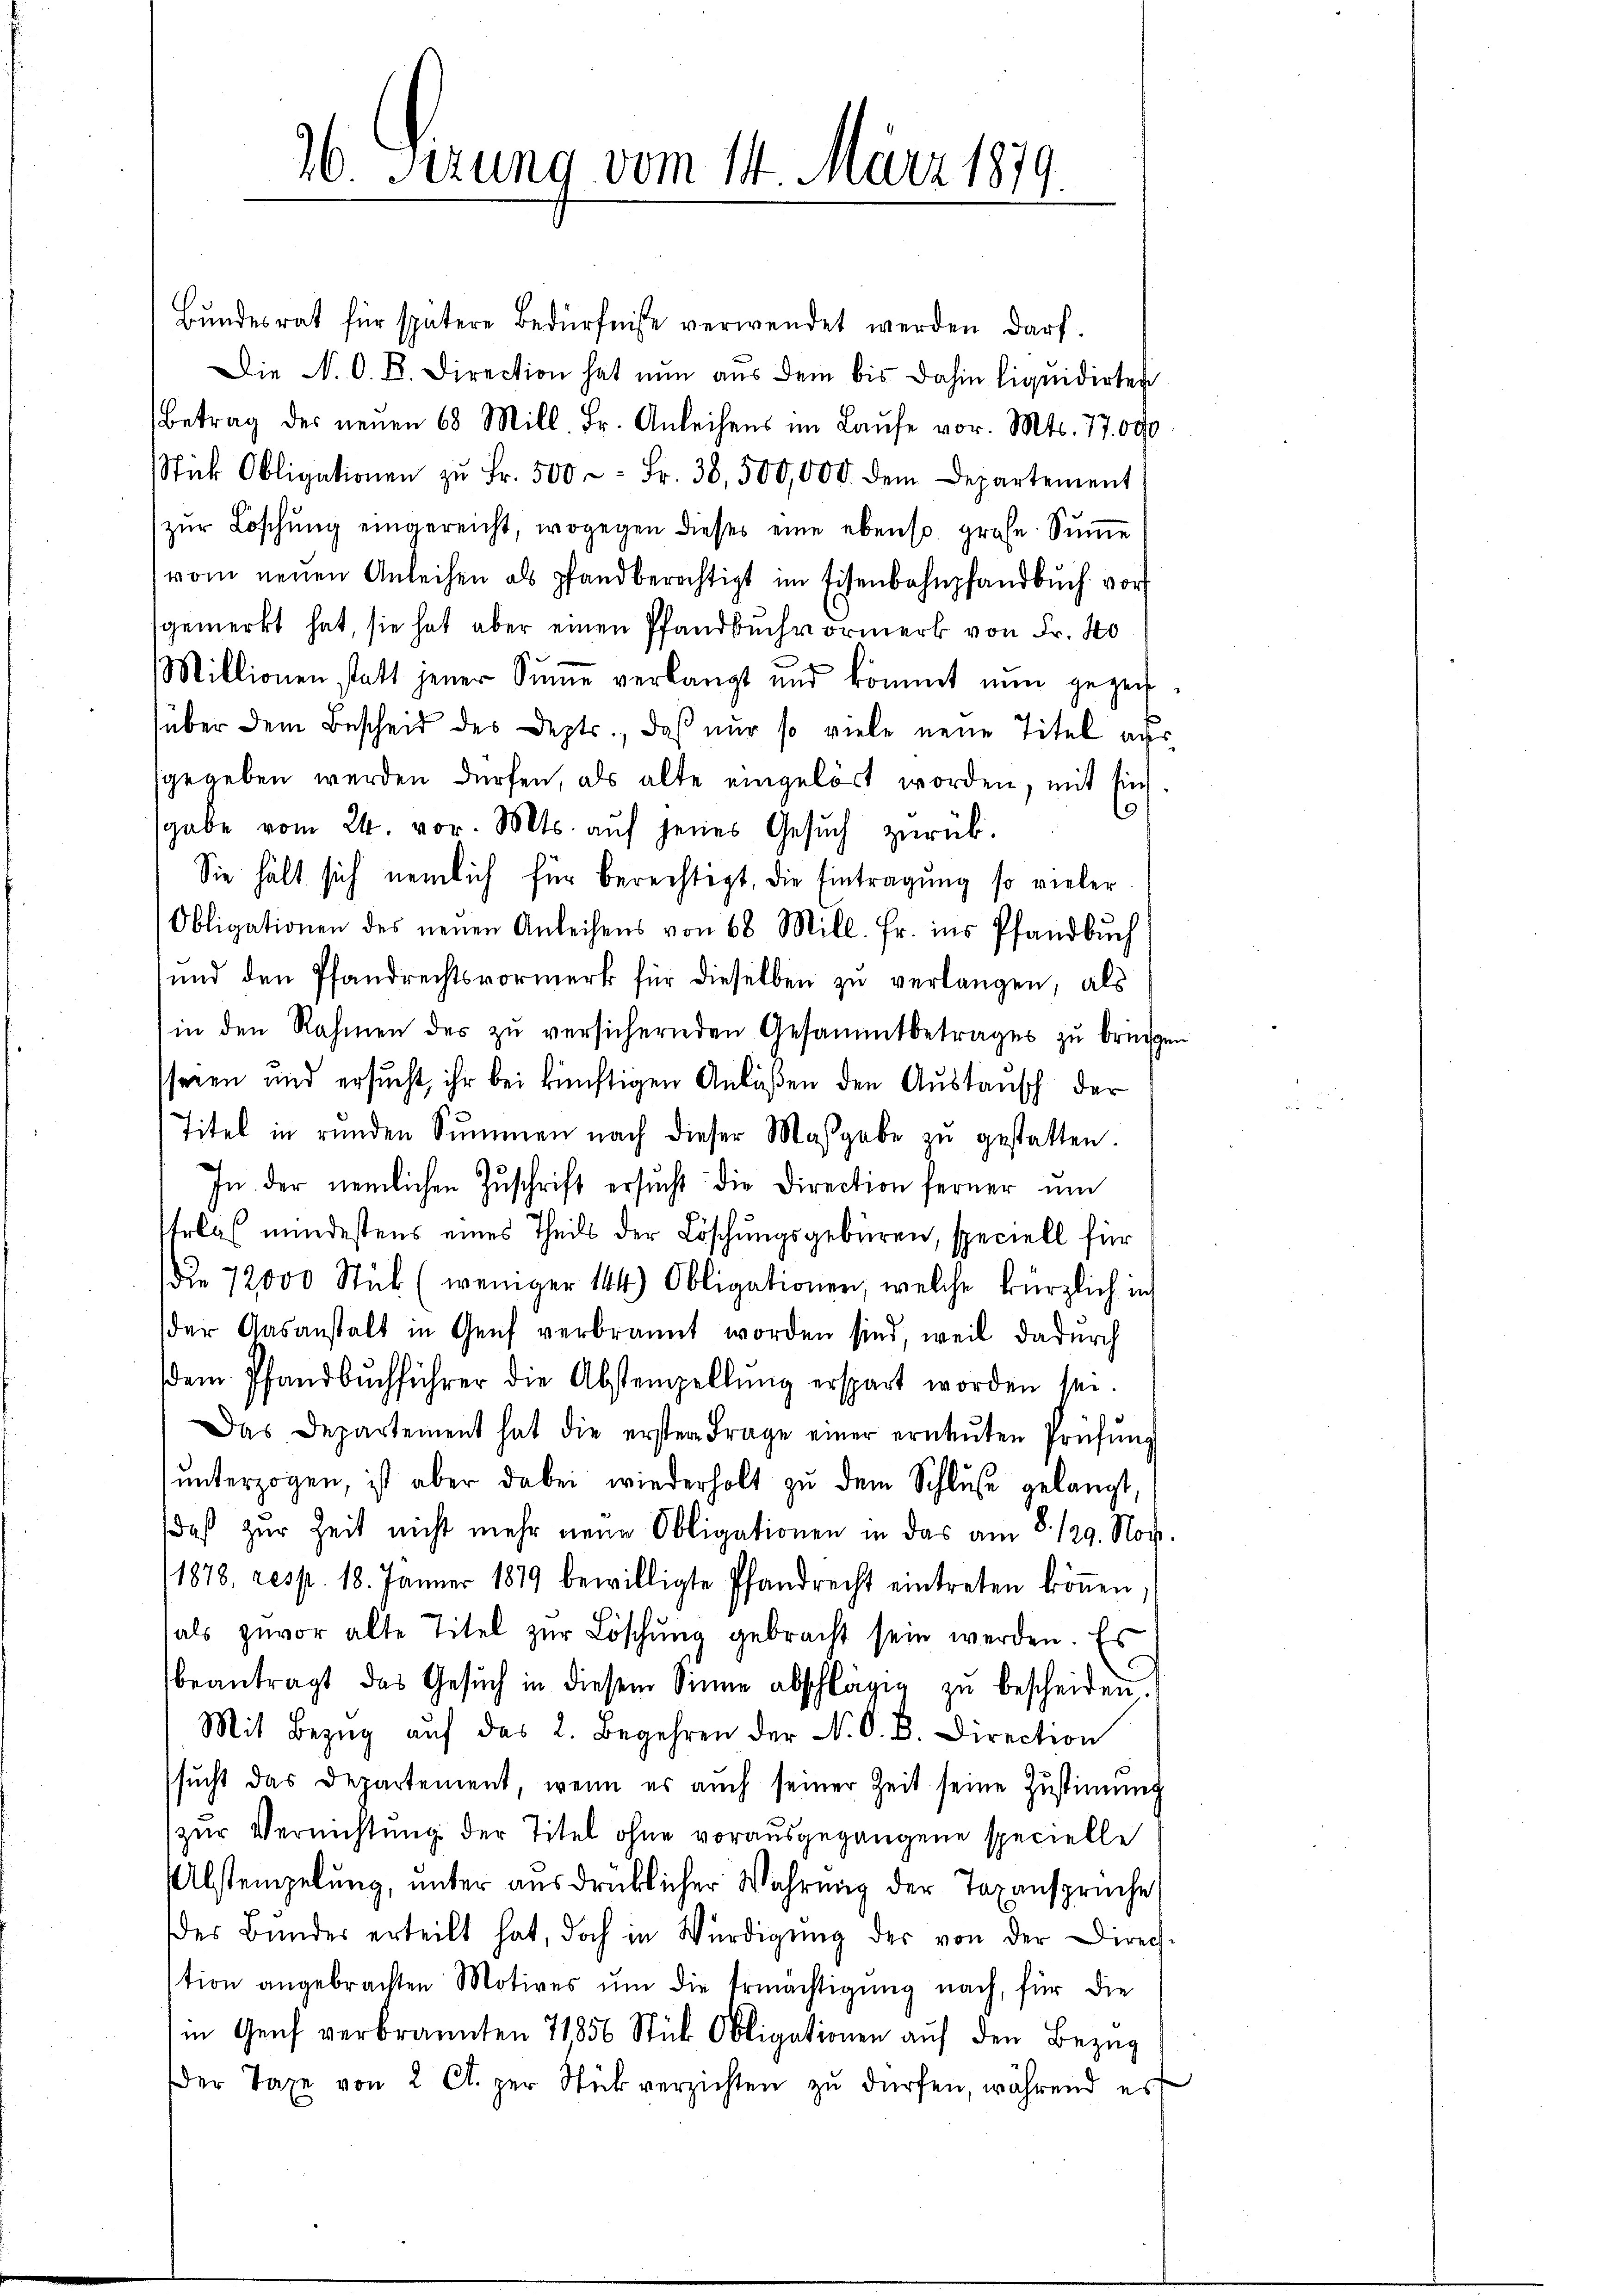
26. Sezung vom 14. März 181,
G.

Bundesrat für spätere Bedürfnisse verwendet werden darf.
Die N. O. B. Direction hat nun aus dem bis dahin liquidirten
Betrag der neŭen 68 Mill. Fr. Anleihens im Laufe vor. Mts. 77. 690
Stick Obligationen zŭ Fr. 500 Fr. 38, 500,000. dem Departement
zŭr Löschŭng eingereicht, wogegen dieses eine ebenso große Sŭṁe
vom neŭen Anleihen als pfandberechtigt im Eisenbahnpfandbuch vor
gemerkt hat, sie hat aber einen Pfandbuchvormerk von Fr. 40
Millionen statt jener Sŭṁe verlangt und kömmt nŭn gezeit-
über dem Bescheid des Depts., daß nur so viele neue Titel aus
sgegeben werden dürfen, als alte eingelöst worden, mit sich
9
sgabe vom 24. vor. Mts. aŭf jenes Gesŭch zŭrück.
Sie hält sich nemlich für berechtigt, die Eintragung so vieler
Obligationen des neuen Anleihens von 68 Mill. Fr. ins Pfandbuch
und den Pfandrechtsvormerk für dieselben zu verlangen, als
in den Rahmen des zu versichernden Gesammtbetrages zu bringen
sseren und ersŭcht, ihr bei künftigen Anlaßen den Austausch der
Titel in rŭnden Summen nach dieser Maβgabe zŭ gestatten.
In der nemlichen Zŭschrift ersŭcht die Direction ferner ŭm
trlas mindestens eines Theils der Löschŭngsgebüren, speciell für
die 72000 Stück (weniger 144) Obligationen, welche kürzlich in
der Gasanstalt in Genf verbrannt worden sind, weil dadurch
sdem Pfandbuchführer die Abstempellŭng erspart worden sei.
Das Departement hat die erster Frage einer erneŭten Prüfŭng
ŭnterzogen, ist aber dabei wiederholt zŭ dem Schlŭse gelangt,
daß zur Zeit nicht mehr neue Obligationen in das am 8. 129. Noch.
1878, resp. 18. Jänner 1879 bewilligte Pfandrecht eintreten köṅen
als zuvor alte Titel zŭr Löschŭng gebracht sein werden. Es
beantragt das Gesŭch in diesem Sinne abschlägig zŭ bescheiden.
Mit Bezŭg aŭf das L. Begehren der N. O. B. Direction
sŭcht das Departement, wenn es auch seiner Zeit seine Zustimmig
zŭr Vernichtŭng der Titel ohne vorausgegangene specielle
Abstempelung, unter ausdrücklicher Wahrung der Taxansprüche
Der Bŭndes erteilt hat, doch in Würdigŭng der von der Direch
tion angebrachten Motives ŭm die Ermächtigŭng nach, für die
in Genf verbrannten 71856 Stück Obligationen aŭf den Bezug
er Taxe von 2 Ct. zur Stück verzichten zŭ dürfen, während es